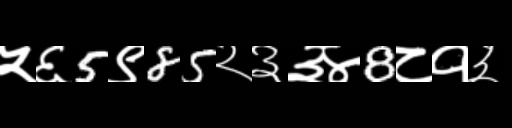
Text: ५६5९85२३३४8८१३